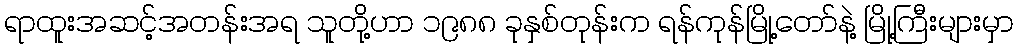
ရာထူးအဆင့်အတန်းအရ သူတို့ဟာ ၁၉၈၈ ခုနှစ်တုန်းက ရန်ကုန်မြို့တော်နဲ့ မြို့ကြီးများမှာ